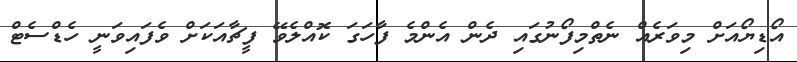
އޯޑިޔޯއަށް މިވަރެއް ނެތްމިފޯނުގައި ދެން އެންމެ ފާހަގަ ކޮއްލެވޭ ފީޗާއަކަށް ވެފައިވަނީ ހެޑްސެޓް